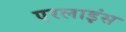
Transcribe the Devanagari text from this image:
एरलाइंस